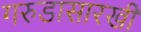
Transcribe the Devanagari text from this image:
गरुडासारखी